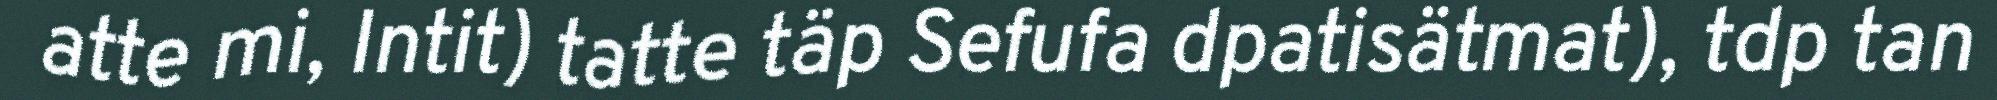
atte mi, Intit) tatte täp Sefufa dpatisätmat), tdp tan